Indian journal of veterinary science and animal husbandry - Volume 5,
Year: 1935
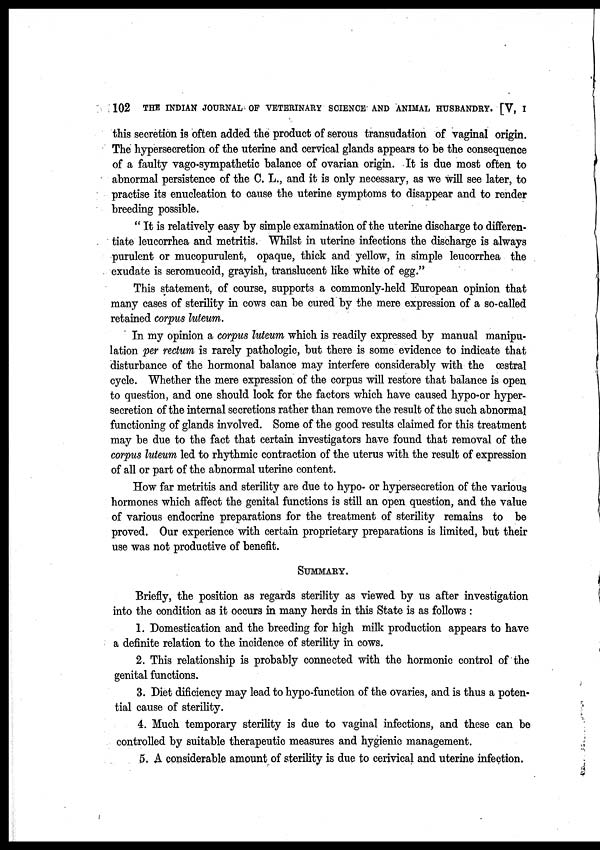
102
THE INDIAN JOURNAL OF VETERINARY SCIENCE AND ANIMAL HUSBANDRY. [V, I
this secretion is often added the product of serous transudation of vaginal origin.
The hypersecretion of the uterine and cervical glands appears to be the consequence
of a faulty vago-sympathetic balance of ovarian origin. It is due most often to
abnormal persistence of the C. L., and it is only necessary, as we will see later, to
practise its enucleation to cause the uterine symptoms to disappear and to render
breeding possible.
" It is relatively easy by simple examination of the uterine discharge to differen-
tiate leucorrhea and metritis. Whilst in uterine infections the discharge is always
purulent or mucopurulent, opaque, thick and yellow, in simple leucorrhea the
exudate is seromucoid, grayish, translucent like white of egg."
This statement, of course, supports a commonly-held European opinion that
many cases of sterility in cows can be cured by the mere expression of a so-called
retained corpus luteum.
In my opinion a corpus luteum which is readily expressed by manual manipu-
lation per rectum is rarely pathologic, but there is some evidence to indicate that
disturbance of the hormonal balance may interfere considerably with the œstral
cycle. Whether the mere expression of the corpus will restore that balance is open
to question, and one should look for the factors which have caused hypo-or hyper-
secretion of the internal secretions rather than remove the result of the such abnormal
functioning of glands involved. Some of the good results claimed for this treatment
may be due to the fact that certain investigators have found that removal of the
corpus luteum led to rhythmic contraction of the uterus with the result of expression
of all or part of the abnormal uterine content.
How far metritis and sterility are due to hypo- or hypersecretion of the various
hormones which affect the genital functions is still an open question, and the value
of various endocrine preparations for the treatment of sterility remains to be
proved. Our experience with certain proprietary preparations is limited, but their
use was not productive of benefit.
SUMMARY.
Briefly, the position as regards sterility as viewed by us after investigation
into the condition as it occurs in many herds in this State is as follows :
1. Domestication and the breeding for high milk production appears to have
a definite relation to the incidence of sterility in cows.
2. This relationship is probably connected with the hormonic control of the
genital functions.
3. Diet dificiency may lead to hypo-function of the ovaries, and is thus a poten-
tial cause of sterility.
4. Much temporary sterility is due to vaginal infections, and these can be
controlled by suitable therapeutic measures and hygienic management.
5. A considerable amount of sterility is due to cerivical and uterine infection.